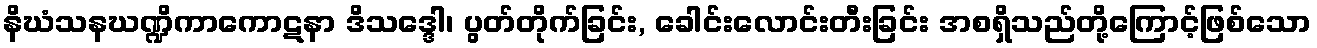
နိဃံသနဃဏ္ဍိကာကောဋနာ ဒိသဒ္ဒေါ၊ ပွတ်တိုက်ခြင်း, ခေါင်းလောင်းတီးခြင်း အစရှိသည်တို့ကြောင့်ဖြစ်သော